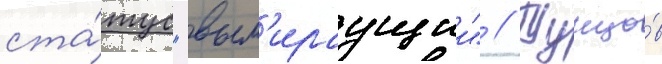
ста́тус "вым'ираущии" // Тунцо́в